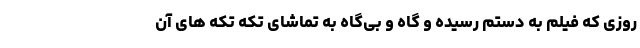
روزی که فیلم به دستم رسیده و گاه و بی‌گاه به تماشای تکه تکه های آن